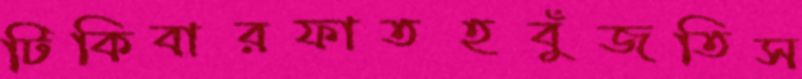
টিকিবারফাতহবুঁজতিস